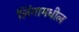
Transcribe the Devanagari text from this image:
लिंगामधील